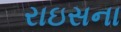
રાઇસના